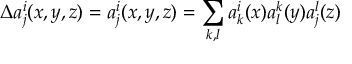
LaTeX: \Delta a _ { j } ^ { i } ( x , y , z ) = a _ { j } ^ { i } ( x , y , z ) = \sum _ { k , l } a _ { k } ^ { i } ( x ) a _ { l } ^ { k } ( y ) a _ { j } ^ { l } ( z )